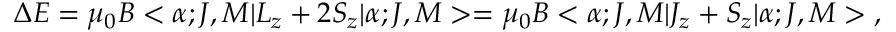
\Delta E = \mu _ { 0 } B < \alpha ; J , M | L _ { z } + 2 S _ { z } | \alpha ; J , M > = \mu _ { 0 } B < \alpha ; J , M | J _ { z } + S _ { z } | \alpha ; J , M > \; ,